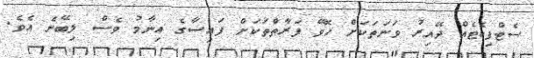
ސެޓްފިކެޓެއް ދޭއިރު ވަނަތަކަށް ހޮވޭ ފަރާތްތަކަށް ފައިސާގެ އިނާމު ވެސް ލިބޭނެ އެވެ.